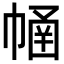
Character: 𢄜